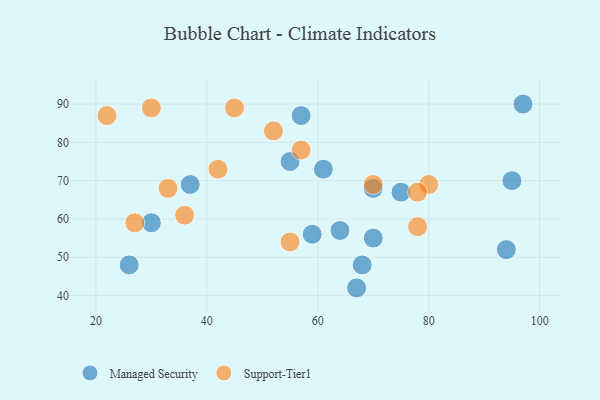
{"axis": {"x": "GDP", "y": "Life Expectancy"}, "legend": ["Managed Security", "Support-Tier1"], "data": [{"x": "61", "y": 73, "type": "Managed Security"}, {"x": "26", "y": 48, "type": "Managed Security"}, {"x": "64", "y": 57, "type": "Managed Security"}, {"x": "95", "y": 70, "type": "Managed Security"}, {"x": "67", "y": 42, "type": "Managed Security"}, {"x": "70", "y": 55, "type": "Managed Security"}, {"x": "68", "y": 48, "type": "Managed Security"}, {"x": "59", "y": 56, "type": "Managed Security"}, {"x": "75", "y": 67, "type": "Managed Security"}, {"x": "94", "y": 52, "type": "Managed Security"}, {"x": "30", "y": 59, "type": "Managed Security"}, {"x": "37", "y": 69, "type": "Managed Security"}, {"x": "97", "y": 90, "type": "Managed Security"}, {"x": "70", "y": 68, "type": "Managed Security"}, {"x": "57", "y": 87, "type": "Managed Security"}, {"x": "55", "y": 75, "type": "Managed Security"}, {"x": "30", "y": 89, "type": "Support-Tier1"}, {"x": "70", "y": 69, "type": "Support-Tier1"}, {"x": "27", "y": 59, "type": "Support-Tier1"}, {"x": "80", "y": 69, "type": "Support-Tier1"}, {"x": "42", "y": 73, "type": "Support-Tier1"}, {"x": "57", "y": 78, "type": "Support-Tier1"}, {"x": "36", "y": 61, "type": "Support-Tier1"}, {"x": "52", "y": 83, "type": "Support-Tier1"}, {"x": "22", "y": 87, "type": "Support-Tier1"}, {"x": "78", "y": 67, "type": "Support-Tier1"}, {"x": "78", "y": 58, "type": "Support-Tier1"}, {"x": "33", "y": 68, "type": "Support-Tier1"}, {"x": "55", "y": 54, "type": "Support-Tier1"}, {"x": "45", "y": 89, "type": "Support-Tier1"}]}